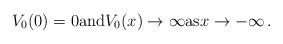
LaTeX: \begin{align*}V_0(0)=0\mathrm{and}V_0(x)\to \infty \mathrm{as}x\to -\infty\,.\end{align*}